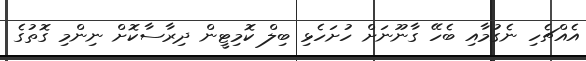
އެއްޗެހި ނެގުމާއި ބެހޭ ގާނޫނަށް ހުށަހެޅި ބިލް ކޮމިޓީން ދިރާސާކޮށް ނިންމި ގޮތުގެ